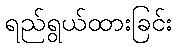
ရည်ရွယ်ထားခြင်း